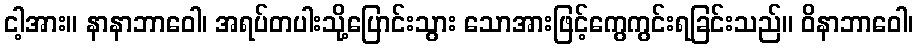
ငါ့အား။ နာနာဘာဝေါ၊ အရပ်တပါးသို့ပြောင်းသွား သောအားဖြင့်ကွေကွင်းရခြင်းသည်။ ဝိနာဘာဝေါ၊